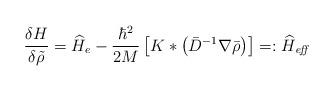
LaTeX: \begin{align*}\frac{\delta H}{\delta \tilde{\rho}}=\widehat{H}_e - \frac{\hbar^2}{2M}\left[K*\left(\bar{D}^{-1}\nabla\bar{\rho}\right)\right]=:\widehat{H}_\textit{eff}\end{align*}